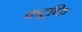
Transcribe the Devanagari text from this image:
कटूक्ति